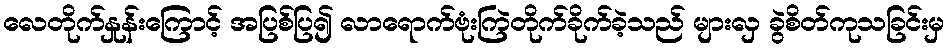
လေတိုက်နှုန်းကြောင့် အပြစ်ပြ၍ လာရောက်ဗုံးကြဲတိုက်ခိုက်ခဲ့သည် များလှ ခွဲစိတ်ကုသခြင်းမှ